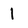
Character: 1